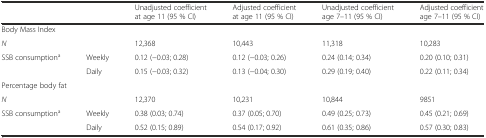
<table><thead><tr><td>[EMPTY_CELL]</td><td>[EMPTY_CELL]</td><td><b>Unadjusted coefficient at age 11 (95 % CI)</b></td><td><b>Adjusted coefficient at age 11 (95 % CI)</b></td><td><b>Unadjusted coefficient age 7–11 (95 % CI)</b></td><td><b>Adjusted coefficient age 7–11 (95 % CI)</b></td></tr></thead><tbody><tr><td colspan="6">Body Mass Index</td></tr><tr><td><i>N</i></td><td>[EMPTY_CELL]</td><td>12,368</td><td>10,443</td><td>11,318</td><td>10,283</td></tr><tr><td rowspan="2">SSB consumption<sup>a</sup></td><td>Weekly</td><td>0.12 (−0.03; 0.28)</td><td>0.12 (−0.03; 0.26)</td><td>0.24 (0.14; 0.34)</td><td>0.20 (0.10; 0.31)</td></tr><tr><td>Daily</td><td>0.15 (−0.03; 0.32)</td><td>0.13 (−0.04; 0.30)</td><td>0.29 (0.19; 0.40)</td><td>0.22 (0.11; 0.34)</td></tr><tr><td colspan="6">Percentage body fat</td></tr><tr><td><i>N</i></td><td>[EMPTY_CELL]</td><td>12,370</td><td>10,231</td><td>10,844</td><td>9851</td></tr><tr><td rowspan="2">SSB consumption<sup>a</sup></td><td>Weekly</td><td>0.38 (0.03; 0.74)</td><td>0.37 (0.05; 0.70)</td><td>0.49 (0.25; 0.73)</td><td>0.45 (0.21; 0.69)</td></tr><tr><td>Daily</td><td>0.52 (0.15; 0.89)</td><td>0.54 (0.17; 0.92)</td><td>0.61 (0.35; 0.86)</td><td>0.57 (0.30; 0.83)</td></tr></tbody></table>